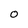
Character: 0